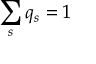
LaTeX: \sum _ { s } q _ { s } = 1